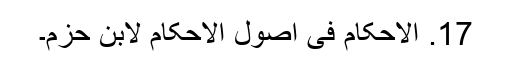
17. الاحکام فی اصول الاحکام لابن حزم۔